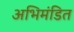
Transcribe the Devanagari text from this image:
अभिमंडित